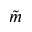
\tilde { m }